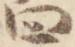
四